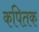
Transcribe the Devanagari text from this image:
कपितक